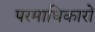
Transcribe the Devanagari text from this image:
परमाधिकारों